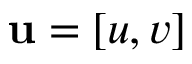
\mathbf { u } = [ u , v ]